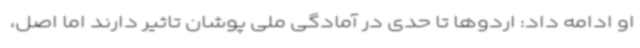
او ادامه داد: اردوها تا حدی در آمادگی ملی پوشان تاثیر دارند اما اصل،